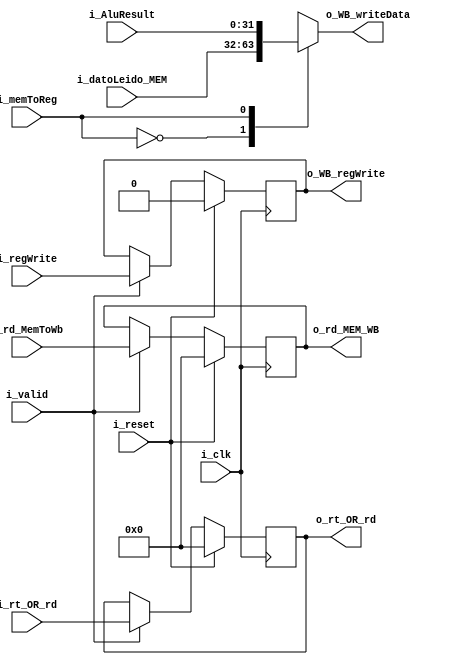
`timescale 1ns / 1ps

module writeBack #(
   parameter N_BITS = 32,
   parameter N_BITS_REG = 6
)
(  input  i_clk,
   input  i_reset,
   input  i_valid,
   
   //seales de control:
   input  i_memToReg, 
   
   //entradas al mux:
   input  [N_BITS-1:0] i_datoLeido_MEM,
   input  [N_BITS-1:0] i_AluResult,
   
   //entradas que directamente salen:
   input  i_regWrite, //habilita la escritura en la etapa ID
   input  [N_BITS_REG-1:0] i_rd_MemToWb,  //cortocircuito etapa EX
   input  [N_BITS_REG-1:0] i_rt_OR_rd, //registro a escribir en etapa ID
   
   
   output reg [N_BITS-1:0] o_WB_writeData, //salida del multiplexor
   output reg [N_BITS_REG-1:0] o_rt_OR_rd, // reg a escribir en la etapa ID
   output reg [N_BITS_REG-1:0] o_rd_MEM_WB, // para el cortocircuito de la etapa EX
   output reg o_WB_regWrite //seal de escritura en etapa ID

);

   ////////////////////////////////////////////////////
   // Start-code:
   
   // Multiplexor for MemToReg signal:
   always @(i_datoLeido_MEM or i_AluResult or i_memToReg) begin
      case(i_memToReg)
         1'b0: o_WB_writeData <= i_datoLeido_MEM;
         1'b1: o_WB_writeData <= i_AluResult;
      endcase
   end//end_always
   
   //--------------------------------------------
   // Lectura y escritura: (update outputs)
   always @(posedge i_clk) begin: lectura
      if(i_reset) begin
         o_rt_OR_rd    <= 0;
         o_rd_MEM_WB   <= 0;
         o_WB_regWrite <= 0;
      end
      else if(i_valid) begin
         o_rt_OR_rd    <= i_rt_OR_rd;
         o_rd_MEM_WB   <= i_rd_MemToWb;
         o_WB_regWrite <= i_regWrite;
      end
   end //end_always
   
endmodule